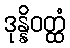
ဒုန္နိဝတ္ထံ